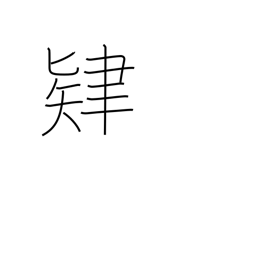
Meaning: effort